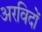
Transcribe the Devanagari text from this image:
अरविदों